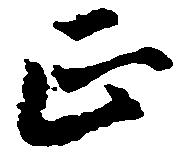
正